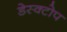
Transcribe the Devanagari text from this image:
डेस्क्टोप